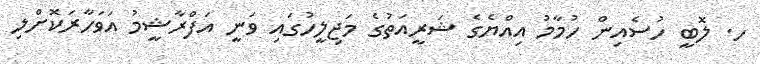
ހ. ލޮބީ ހުސެއިން ހުމާމު އިއްޔެގެ ޝަރީއަތުގެ މަޖިލީހުގައި ވަނީ އަފްރާޝީމު އަވަހާރަކޮށްލި